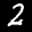
Label: 2